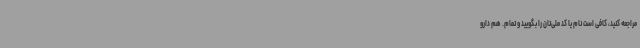
مراجعه کنید، کافی است نام یا کد ملی‌تان را بگویید و تمام. هم دارو